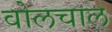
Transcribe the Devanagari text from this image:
वोलचाल